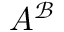
A ^ { \mathcal { B } }